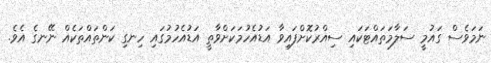
ނަމަވެސް ގައުމީ ސަލާމަތައްޓަކައި ސިއްރުކޮށްފައިވާ އަޑުއެހުމަކަށްވާތީ އަޑުއެހުމުގައި ހިނގި ކަންތައްތަކެއް ނޭނގެ އެވެ.